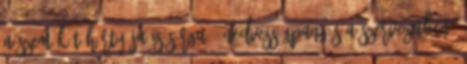
a szem kötőhártyája is sárga – nedvességpangás a szervezetben,